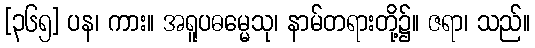
[၃၆၅] ပန၊ ကား။ အရူပဓမ္မေသု၊ နာမ်တရားတို့၌။ ဇရာ၊ သည်။